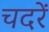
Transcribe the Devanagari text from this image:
चदरें